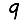
Digit: 9